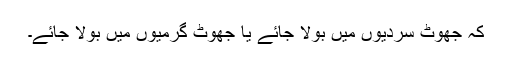
کہ جھوٹ سردیوں میں بولا جائے یا جھوٹ گرمیوں میں بولا جائے۔